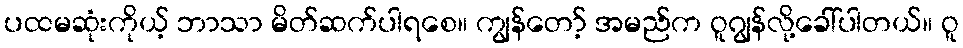
ပထမဆုံးကိုယ့် ဘာသာ မိတ်ဆက်ပါရစေ။ ကျွန်တော့် အမည်က ဝူဂျွန်လို့ခေါ်ပါတယ်။ ဝူ